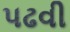
પઢવી